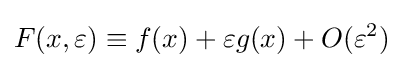
F(x,\varepsilon )\equiv f(x)+\varepsilon g(x)+O(\varepsilon ^{2})